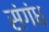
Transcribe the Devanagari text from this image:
संगंध